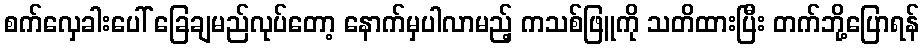
စက်လှေခါးပေါ် ခြေချမည်လုပ်တော့ နောက်မှပါလာမည့် ကသစ်ဖြူကို သတိထားပြီး တက်ဘို့ပြောရန်